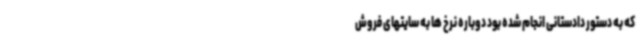
که به دستور دادستانی انجام شده بود دوباره نرخ ها به سایتهای فروش